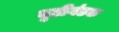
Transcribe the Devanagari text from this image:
बूढ़ीगंडक